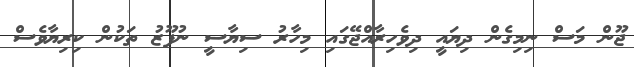
ޖޫން މަސް ނިމިގެން ދިޔައީ ދިވެހިރާއްޖޭގައި މިހާރު ސިޔާސީ ނުފޫޒު ތަކުން ކިރިޔާވެސް